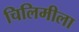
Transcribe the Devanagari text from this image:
चिलिमीला